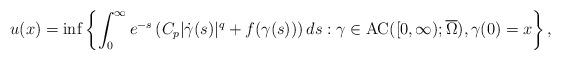
LaTeX: \begin{align*} u(x) = \inf \left\lbrace \int_0^\infty e^{-s}\left(C_p|\dot{\gamma}(s)|^{q} +f(\gamma(s))\right)ds: \gamma\in \mathrm{AC}([0,\infty);\overline{\Omega}), \gamma(0) = x\right\rbrace,\end{align*}